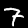
Label: 7